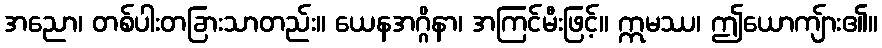
အညော၊ တစ်ပါးတခြားသာတည်း။ ယေနအဂ္ဂိနာ၊ အကြင်မီးဖြင့်။ ဣမဿ၊ ဤယောကျ်ား၏။